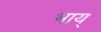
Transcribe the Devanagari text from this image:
भाय्